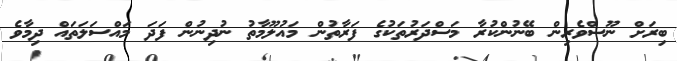
ބިރަށް ނޫސްވެރިން ބޭނުންކުރާ މަސްދަރުތަކުގެ ފަރާތުން މައުލޫމާތު ނުދިނުން ފަދަ މައްސަލަތައް ދިމާވެ